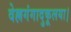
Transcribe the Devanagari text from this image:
वेल्लगंगादुकूलया।